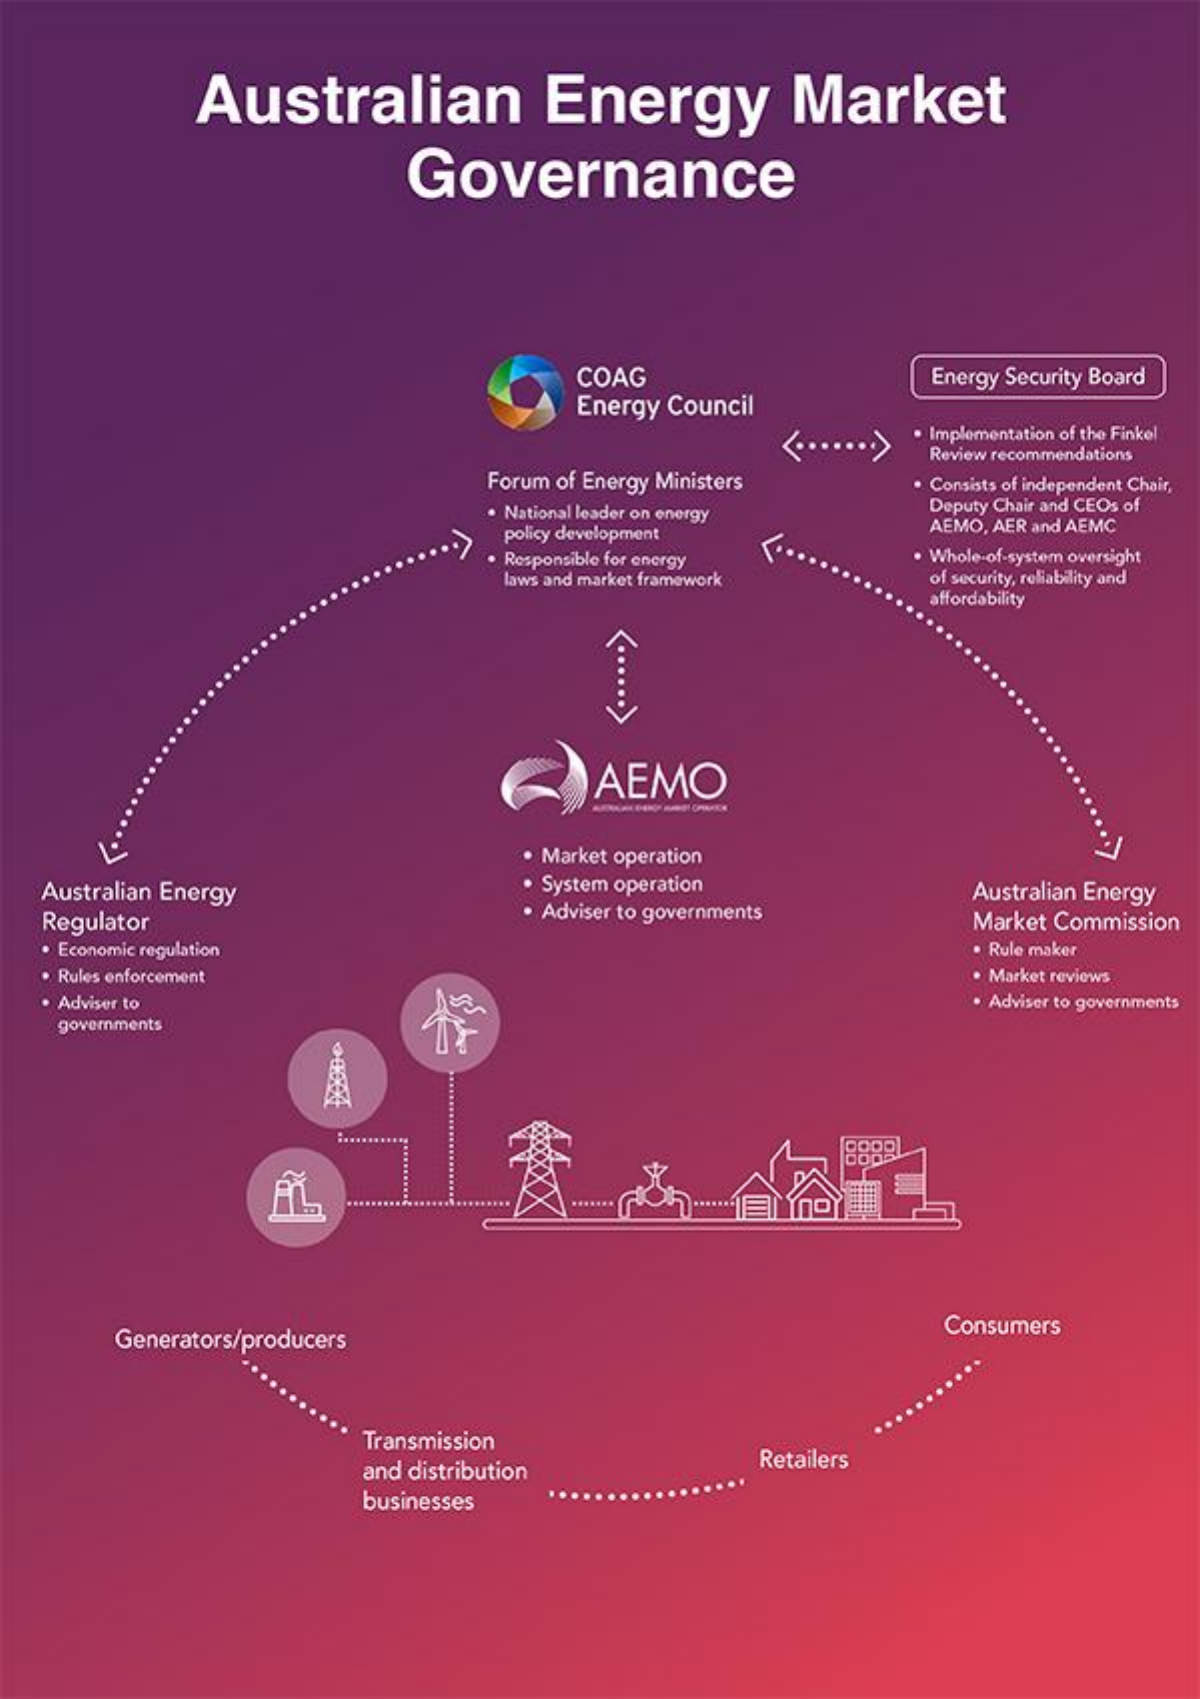
Australian    Energy    Market
     Governance
     COAG
     Energy Council
     Energy Security Board
     . Implementation of the Finkel
     Review recommendations
     Forum of Energy Ministers    · Consists of independent Chair,
     · National leader on energy    Deputy Chair and CEOs of
     policy development    AEMO, AER and AEMC
     . Responsible for energy    · Whole-of-system oversight
     laws and market framework    of security, reliability and
     affordability
     <......
     >
     AEMO
     Market operation
   Australian Energy    System operation
     Adviser to governments
     Australian Energy
   Regulator    Market Commission
    · Economic regulation    Rule maker
    · Rules enforcement    · Market reviews
    · Adviser to    . Adviser to governments
     governments
     .......
     ..........
     Generators/producers
     Consumers
     Transmission
     and distribution    Retailers
     businesses